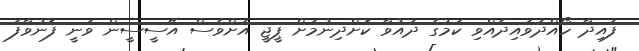
ފައިދާ ހޯއްދަވައިދެއްވި ކަމުގެ ދައުވާ ކޮށްދިނުމަށް ޕީޖީ އަށްވެސް އޭސީސީން ވަނީ ފޮނުވާފަ